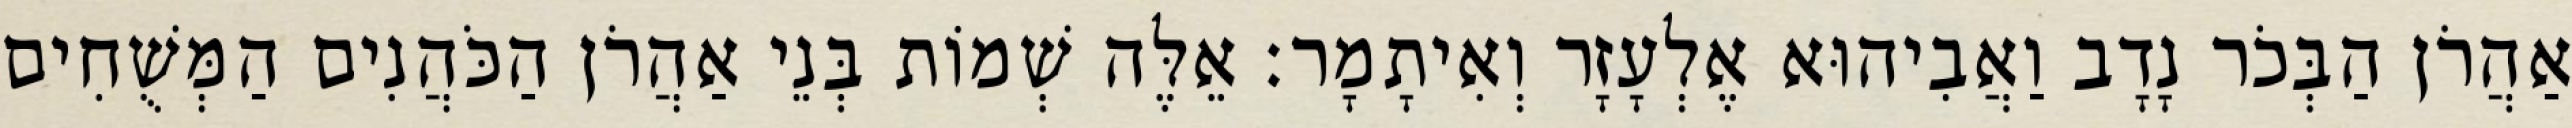
אַהֲרֹן הַבְּכֹר נָדָב וַאֲבִיהוּא אֶלְעָזָר וְאִיתָמָר׃ אֵלֶּה שְׁמוֹת בְּנֵי אַהֲרֹן הַכֹּהֲנִים הַמְּשֻׁחִים